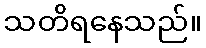
သတိရနေသည်။